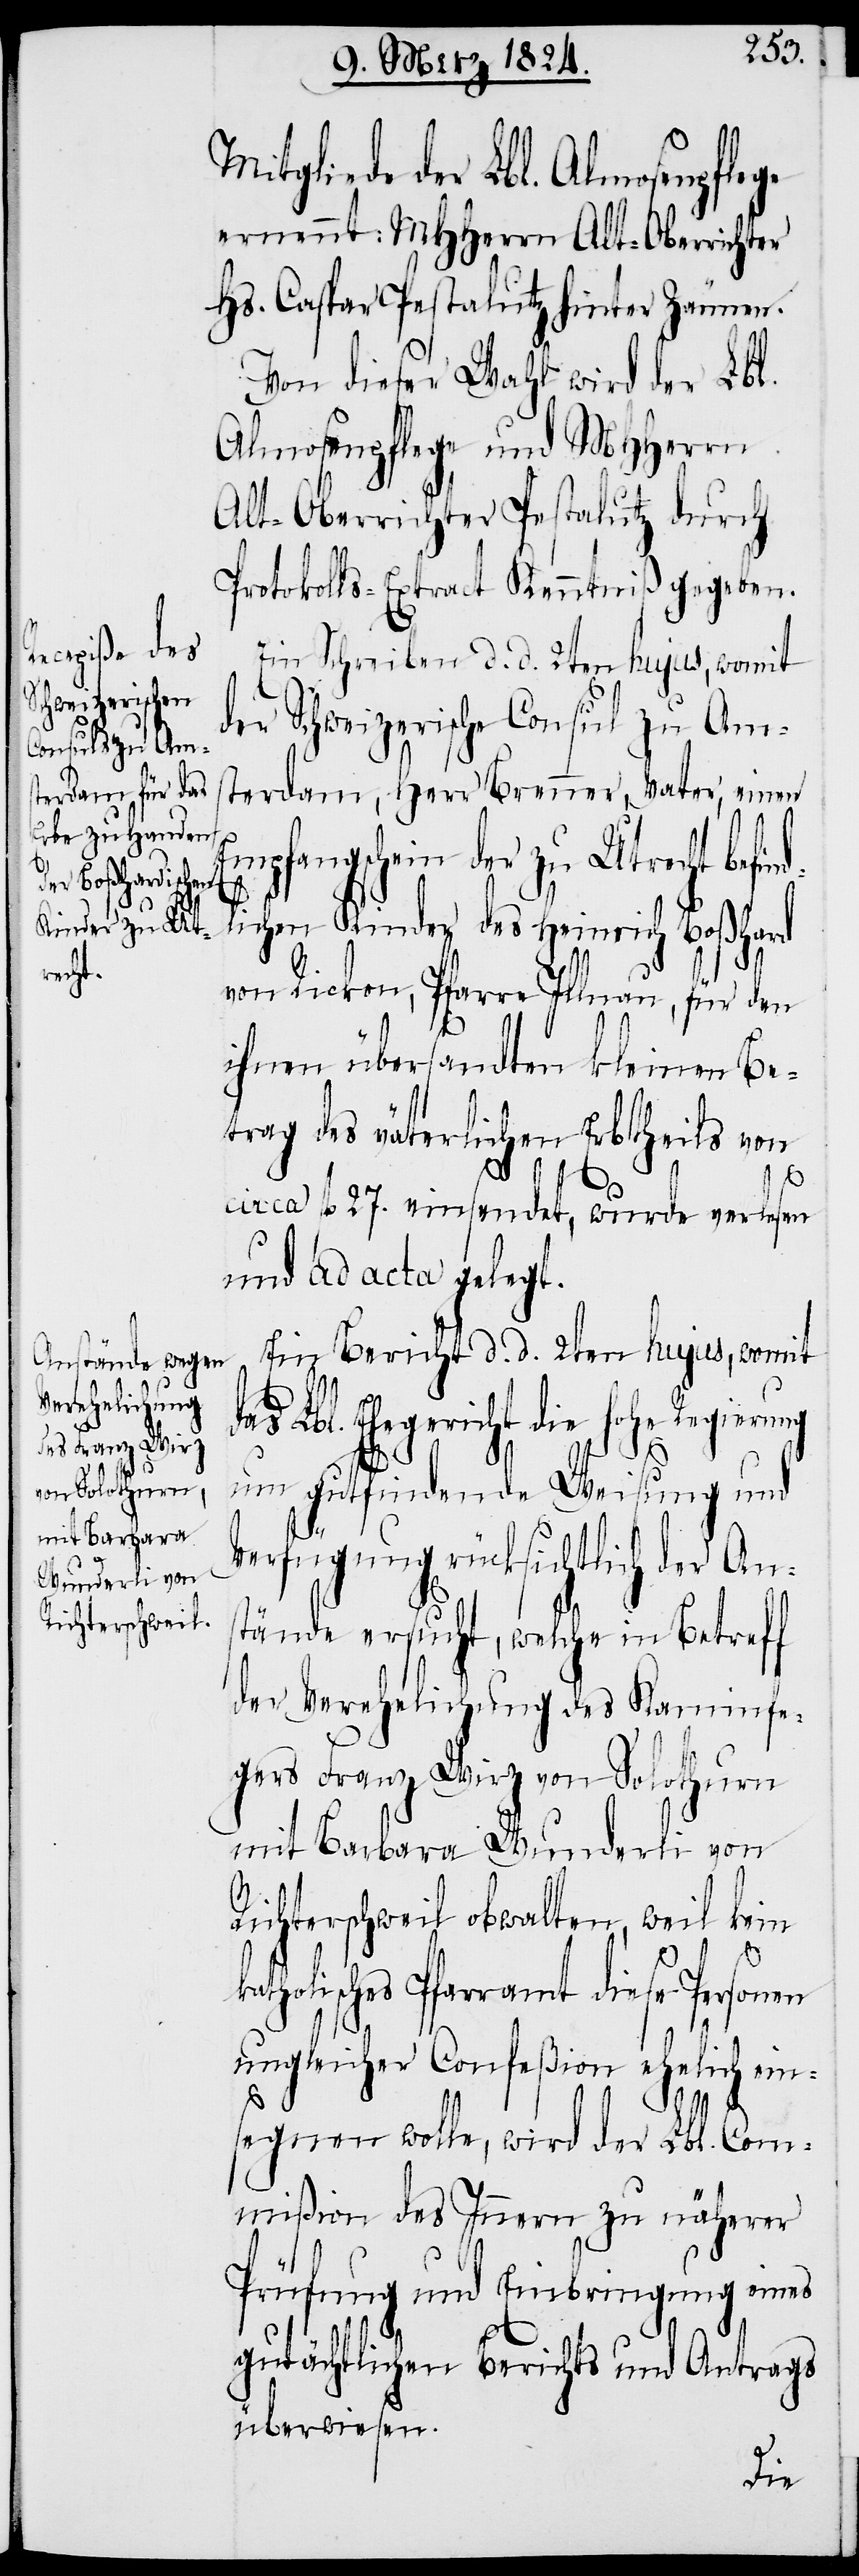
Mitgliede der Lbl. Almosenpflege
ernennt: MHHerrn Alt-Oberrichter
Hs. Caspar Pestalutz hinter Zäumen.
Von dieser Wahl wird der Lbl.
Almosenpflege und MHHerrn
Alt-Oberrichter Pestalutz durch
Protokolls-Extract Kenntniß gegeben.
Ein Schreiben d. d. 2ten hujus, womit
der Schweizerische Consul zu Ams¬
terdam, Herr Brenner, Vater, einen
Empfangschein der zu Utrecht befin¬
lichen Kinder des Heinrich Boßhard
von Rickon, Pfarre Illnau, für den
ihnen übersandten kleinen Be¬
trag des väterlichen Erbtheils von
circa fl. 27. einsendet, wurde verlesen
und ad acta gelegt.
Ein Bericht d. d. 2ten hujus, womit
Lbl. Ehegericht die hohe Regier¬
ung um gutfindende Weisung und
Verfügung rücksichtlich der Ans¬
tände ersucht, welche in Betreff
der Verehelichung des Kaminfe¬
gers Franz Wirz von Solothurn
mit Barbara Wunderli von
Richterschweil obwalten, weil kein
k¬
atholisches Pfarramt diese Personen
ungleicher Confeßion ehelich ein¬
segnen wolle, wird der Lbl. Com¬
mißion des Innern zu näherer
Prüfung und Einbringung eines
gutächtlichen Berichts und Antrags
überwiesen.